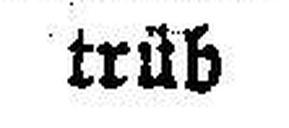
trüb